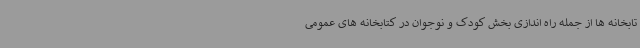
تابخانه ها از جمله راه اندازی بخش کودک و نوجوان در کتابخانه های عمومی